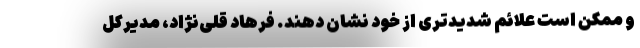
و ممکن است علائم شدیدتری از خود نشان دهند. فرهاد قلی‌نژاد، مدیرکل